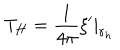
T _ { H } = \frac { 1 } { 4 \pi } \left. \xi ^ { \prime } \right| _ { r _ { h } }